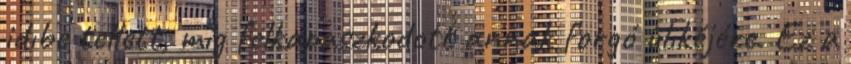
idıbe tellett, míg felkapaszkodott annak forgó ülıkéjére. Ez a